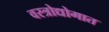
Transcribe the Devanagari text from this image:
वस्त्रोद्योगात